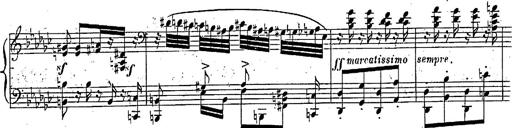
Title: Marche et Cavatine de Lucie de Lammermoor, S.398
Composer: Franz Liszt